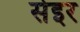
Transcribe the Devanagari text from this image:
सेइर